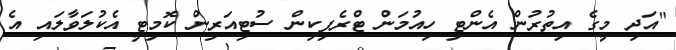
"އަދި މީގެ އިތުރުން އެންޓި ހިއުމަން ޓްރެފިކިން ސުޓިއަރިން ކޮމިޓީ އެކުލަވާލައި އެ